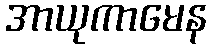
အာယုကာမေန